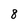
Character: 8